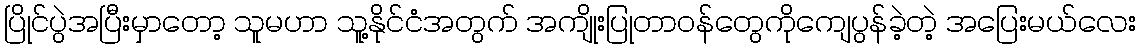
ပြိုင်ပွဲအပြီးမှာတော့ သူမဟာ သူ့နိုင်ငံအတွက် အကျိုးပြုတာဝန်တွေကိုကျေပွန်ခဲ့တဲ့ အပြေးမယ်လေး